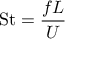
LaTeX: \mathrm { S t } = { \frac { f L } { U } }